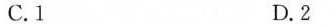
C.1 D.2